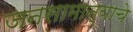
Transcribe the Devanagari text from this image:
जनसामान्याचे